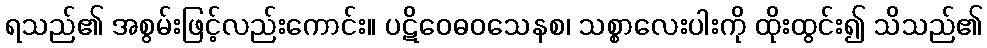
ရသည်၏ အစွမ်းဖြင့်လည်းကောင်း။ ပဋိဝေဓဝသေနစ၊ သစ္စာလေးပါးကို ထိုးထွင်း၍ သိသည်၏